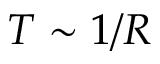
T \sim 1 / R